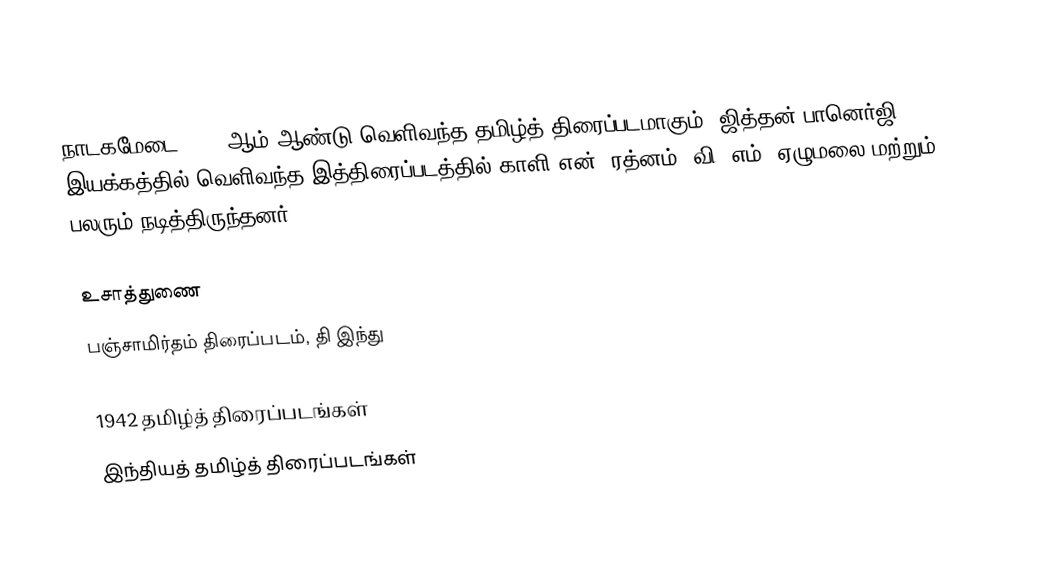
நாடகமேடை 1942 ஆம் ஆண்டு வெளிவந்த தமிழ்த் திரைப்படமாகும். ஜித்தன் பானெர்ஜி இயக்கத்தில் வெளிவந்த இத்திரைப்படத்தில் காளி என். ரத்னம், வி. எம். ஏழுமலை மற்றும் பலரும் நடித்திருந்தனர்.

உசாத்துணை
 பஞ்சாமிர்தம் திரைப்படம், தி இந்து

1942 தமிழ்த் திரைப்படங்கள்
இந்தியத் தமிழ்த் திரைப்படங்கள்